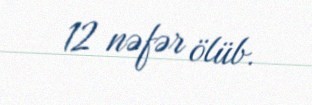
12 nəfər ölüb.